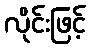
လိုင်းဖြင့်